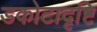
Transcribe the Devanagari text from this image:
डकोटादृष्टि